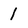
Character: 1